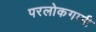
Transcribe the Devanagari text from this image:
परलोकगामी